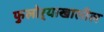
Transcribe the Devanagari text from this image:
फुलोऱ्याखालील